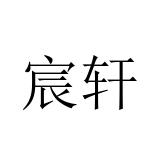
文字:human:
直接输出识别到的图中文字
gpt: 宸轩